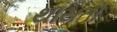
થાયતો